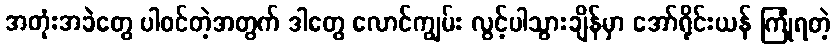
အတုံးအခဲတွေ ပါဝင်တဲ့အတွက် ဒါတွေ လောင်ကျွမ်း လွင့်ပါသွားချိန်မှာ အော်ရိုင်းယန် ကြုံရတဲ့